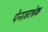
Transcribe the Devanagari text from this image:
पेनज़रश्रेक